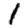
Digit: 1